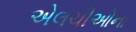
એલચીઓના